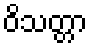
ဝိသတ္တာ